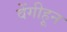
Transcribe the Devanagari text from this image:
वेंगीहून